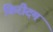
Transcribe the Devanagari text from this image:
किरीदम